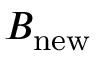
B _ { \mathrm { n e w } }